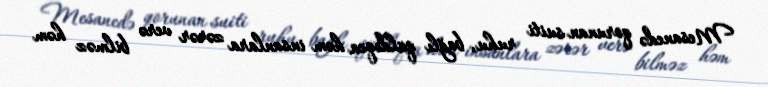
Mesanedə qorunan suiti ruhu, bağlı qaldıqca həm insanlara zərər verə bilməz həm